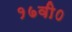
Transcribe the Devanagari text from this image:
१७वी०